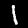
Digit: 1